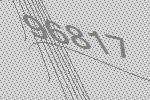
96817